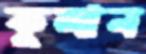
কুলান